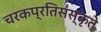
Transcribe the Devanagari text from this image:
चरकप्रतिसंस्कृते